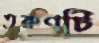
তরুণটি